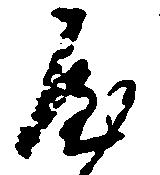
や